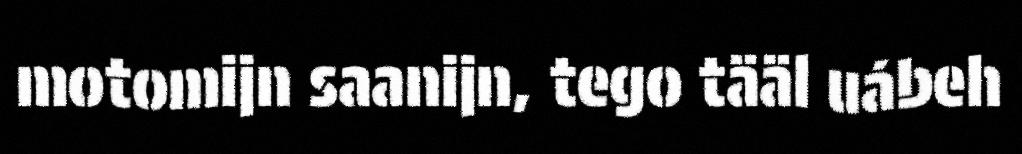
motomijn saanijn, tego tääl uábeh